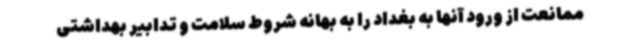
ممانعت از ورود آنها به بغداد را به بهانه شروط سلامت و تدابیر بهداشتی